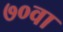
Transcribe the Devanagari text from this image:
७०वा